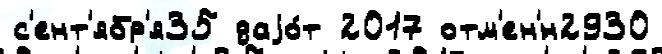
с'ент'ябр'я35 даjо́т 2017 отм'ен'́н2930